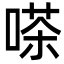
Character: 嗏